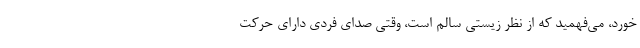
‌خورد، می‌فهمید که از نظر زیستی سالم است، وقتی صدای فردی دارای حرکت